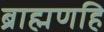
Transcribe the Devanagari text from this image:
ब्राह्मणहि